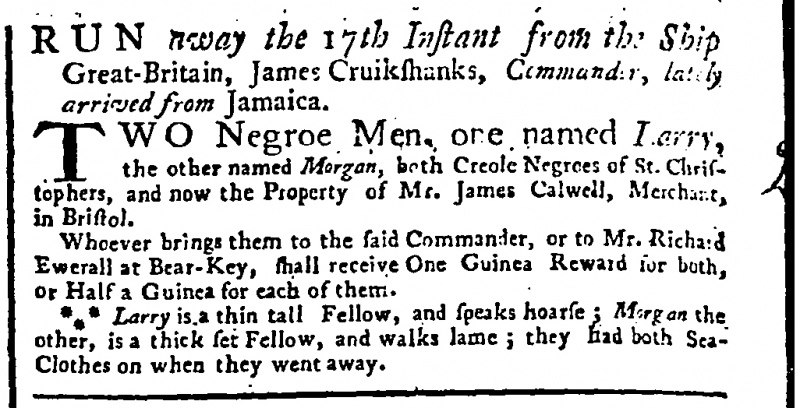
General Advertiser , 26 March 1746 (England)
RUN away the 17th Instant from the Ship Great-Britain, James Cruikshanks, Commander, lately arrived from Jamaica.  TWO Negroe Men, one named Larry, the other named Morgan, both Creole Negroes of St. Christophers, and now the Property of Mr. James Calwell, Merchant, in Bristol.  Whoever brings them to the said Commander, or to Mr. Richard Ewerall at Bear-Key, shall receive One Guinea Reward for both, or Half a Guinea for each of them.  ∵ Larry is a thin tall Fellow, and speaks hoarse; Morgan the other, is a thick set Fellow, and walks lame; they had both Sea-Clothes on when they went away.